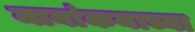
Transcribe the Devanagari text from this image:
मानांकनाच्या